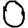
Digit: 0